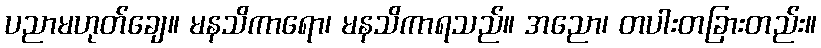
ပညာမဟုတ်ချေ။ မနသိကာရော၊ မနသိကာရသည်။ အညော၊ တပါးတခြားတည်း။